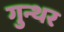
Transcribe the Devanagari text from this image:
गुन्थर